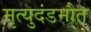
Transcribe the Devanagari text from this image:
मृत्युदंडमौत